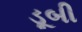
ડૂબી